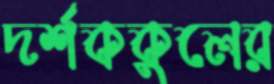
দর্শককুলের